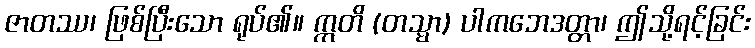
ဇာတဿ၊ ဖြစ်ပြီးသော ရုပ်၏။ ဣတိ (တသ္မာ) ပါကဘေဒတ္တာ၊ ဤသို့ရင့်ခြင်း